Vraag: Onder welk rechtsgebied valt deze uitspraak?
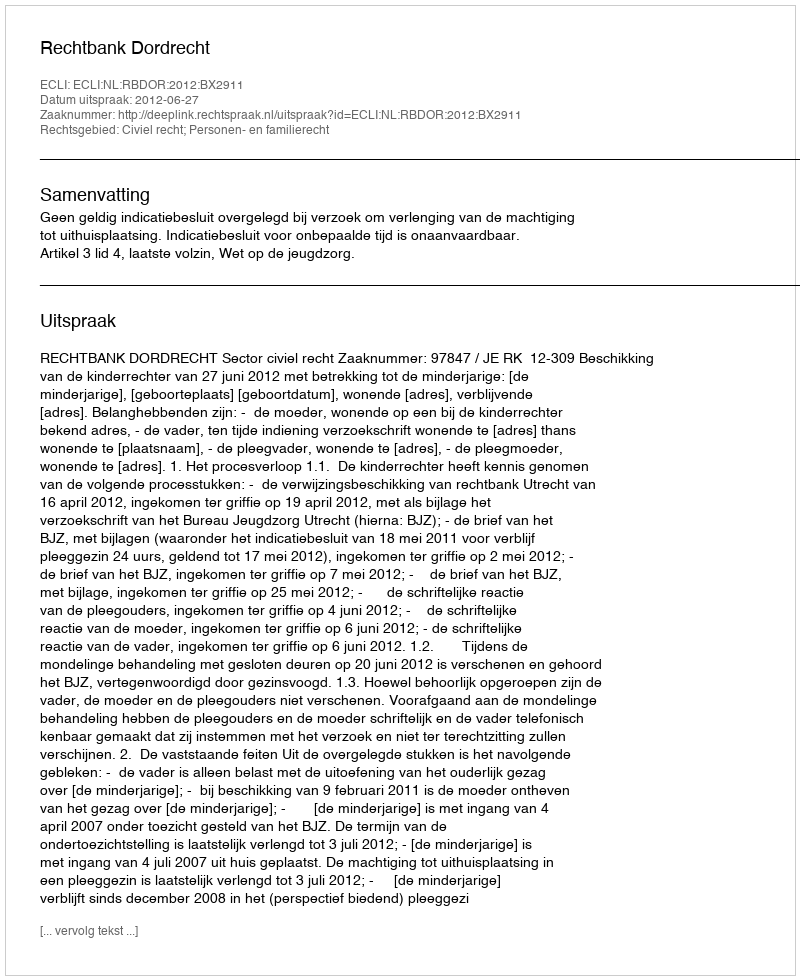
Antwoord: Civiel recht; Personen- en familierecht